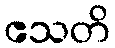
ဧသတိ